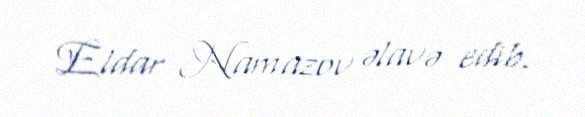
Eldar Namazov əlavə edib.